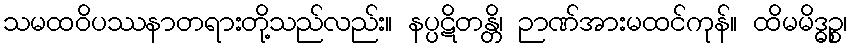
သမထဝိပဿနာတရားတို့သည်လည်း။ နပ္ပဋိတန္တိ၊ ဉာဏ်အားမထင်ကုန်။ ထိမမိဒ္ဓဉ္စ၊